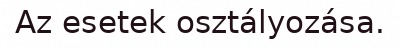
Az esetek osztályozása.